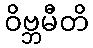
ဝိဗ္ဘမီတိ